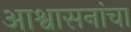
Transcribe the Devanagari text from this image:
आश्वासनांचा